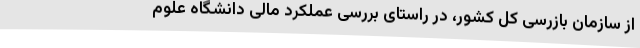
از سازمان بازرسی کل کشور، در راستای بررسی عملکرد مالی دانشگاه علوم